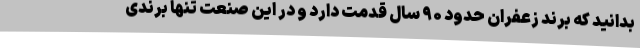
بدانید که برند زعفران حدود ۹۰ سال قدمت دارد و در این صنعت تنها برندی